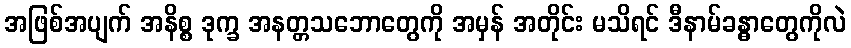
အဖြစ်အပျက် အနိစ္စ ဒုက္ခ အနတ္တသဘောတွေကို အမှန် အတိုင်း မသိရင် ဒီနာမ်ခန္ဓာတွေကိုလဲ